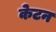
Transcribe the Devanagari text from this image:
केटन